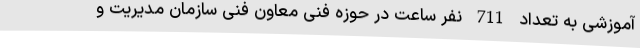
آموزشی به تعداد 711 نفر ساعت در حوزه فنی معاون فنی سازمان مدیریت و